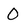
Character: 0